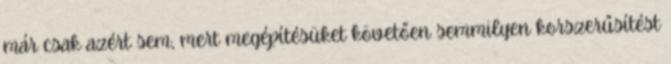
már csak azért sem, mert megépítésüket követően semmilyen korszerűsítést